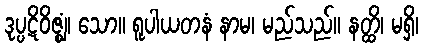
ဒုပ္ပဋိဝိဇ္ဈံ၊ သော။ ရူပါယတနံ နာမ၊ မည်သည်။ နတ္ထိ၊ မရှိ၊